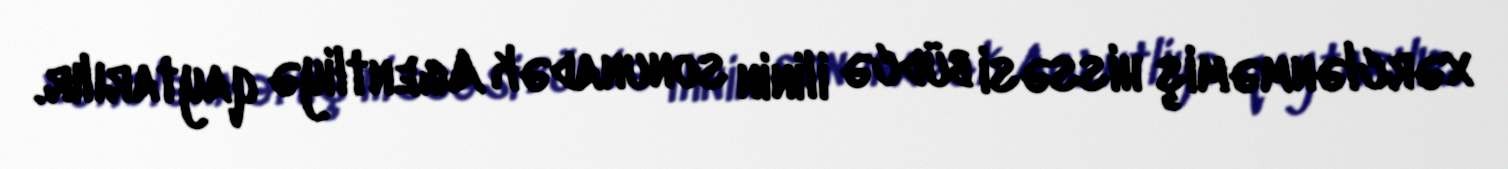
xərclənməmiş hissəsi büdcə ilinin sonunadək Agentliyə qaytarılır.